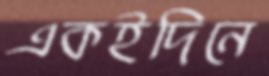
একইদিনে